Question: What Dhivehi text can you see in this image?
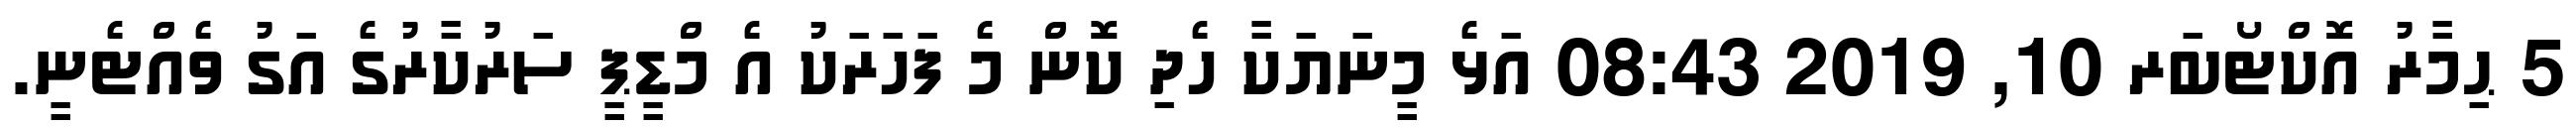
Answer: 5 ޙިމާރު އޮކްޓޯބަރ 10, 2019 08:43 އަޅެ މީނަޔަކާ ހެދި ކޮން މެ ފަހަރަކު އެ މްޑީޕީ ސަރުކާރުގެ އަގު ވެއްޓެނީ.